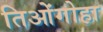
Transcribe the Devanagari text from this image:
तिओंगोहा